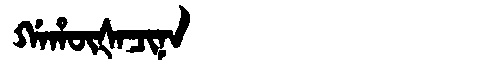
Manchu: ᡤᠠᡥᡡᡧᠠᠴᡳᠨᠠ
Romanization: GAHŪŠACINA